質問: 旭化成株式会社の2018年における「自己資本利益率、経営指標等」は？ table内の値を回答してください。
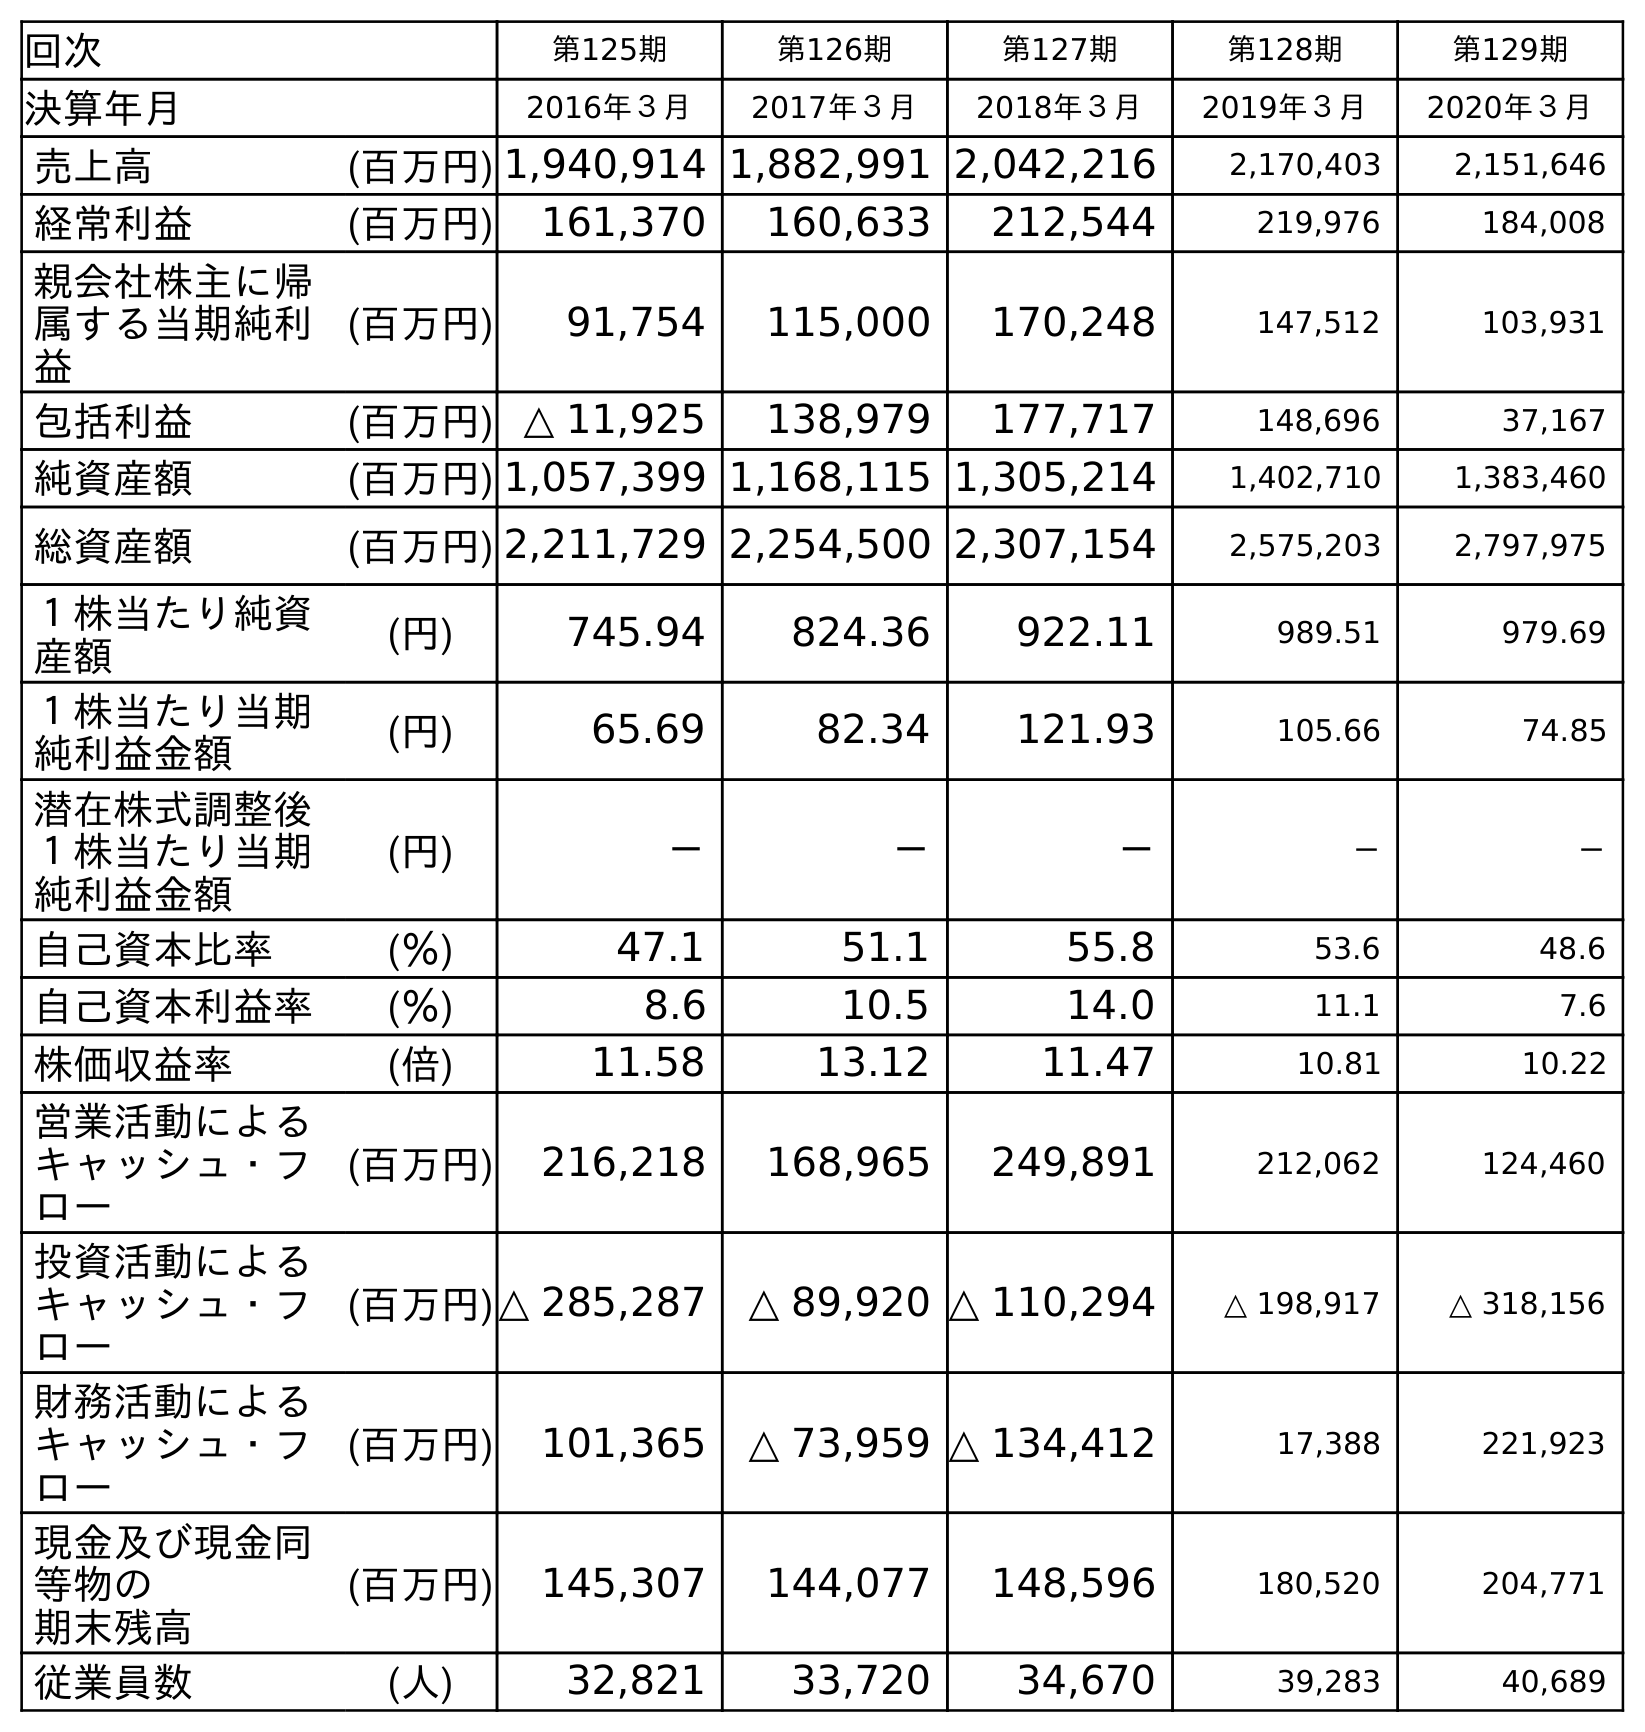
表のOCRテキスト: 回次 第125期 第126期 第127期 第128期 第129期 決算年月 2016年３月 2017年３月 2018年３月 2019年３月 2020年３月 売上高 (百万円) 1,940,914 1,882,991 2,042,216 2,170,403 2,151,646 経常利益 (百万円) 161,370 160,633 212,544 219,976 184,008 親会社株主に帰 属する当期純利 益 (百万円) 91,754 115,000 170,248 147,512 103,931 包括利益 (百万円) △ 11,925 138,979 177,717 148,696 37,167 純資産額 (百万円) 1,057,399 1,168,115 1,305,214 1,402,710 1,383,460 総資産額 (百万円) 2,211,729 2,254,500 2,307,154 2,575,203 2,797,975 １株当たり純資 産額 (円) 745.94 824.36 922.11 989.51 979.69 １株当たり当期 純利益金額 (円) 65.69 82.34 121.93 105.66 74.85 潜在株式調整後 １株当たり当期 純利益金額 (円) － － － － － 自己資本比率 (％) 47.1 51.1 55.8 53.6 48.6 自己資本利益率 (％) 8.6 10.5 14.0 11.1 7.6 株価収益率 (倍) 11.58 13.12 11.47 10.81 10.22 営業活動による キャッシュ・フ ロー (百万円) 216,218 168,965 249,891 212,062 124,460 投資活動による キャッシュ・フ ロー (百万円)△ 285,287 △ 89,920 △ 110,294 △ 198,917 △ 318,156 財務活動による キャッシュ・フ ロー (百万円) 101,365 △ 73,959 △ 134,412 17,388 221,923 現金及び現金同 等物の 期末残高 (百万円) 145,307 144,077 148,596 180,520 204,771 従業員数 (人) 32,821 33,720 34,670 39,283 40,689
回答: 14.0